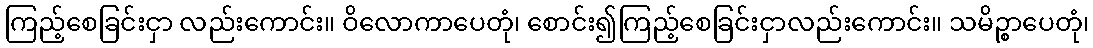
ကြည့်စေခြင်းငှာ လည်းကောင်း။ ဝိလောကာပေတုံ၊ စောင်း၍ကြည့်စေခြင်းငှာလည်းကောင်း။ သမိဉ္စာပေတုံ၊